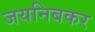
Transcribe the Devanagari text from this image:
जयनिबकर